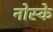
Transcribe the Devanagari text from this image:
नोस्के